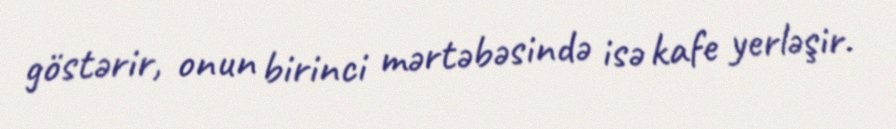
göstərir, onun birinci mərtəbəsində isə kafe yerləşir.